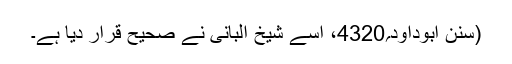
(سنن ابوداود؍4320، اسے شیخ البانی نے صحیح قرار دیا ہے۔